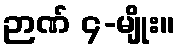
ဉာဏ် ၄-မျိုး။